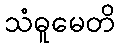
သံဓူမေတိ